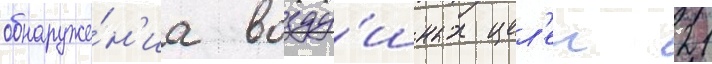
обнаруже́н'иа возду́шных цел'еи 21